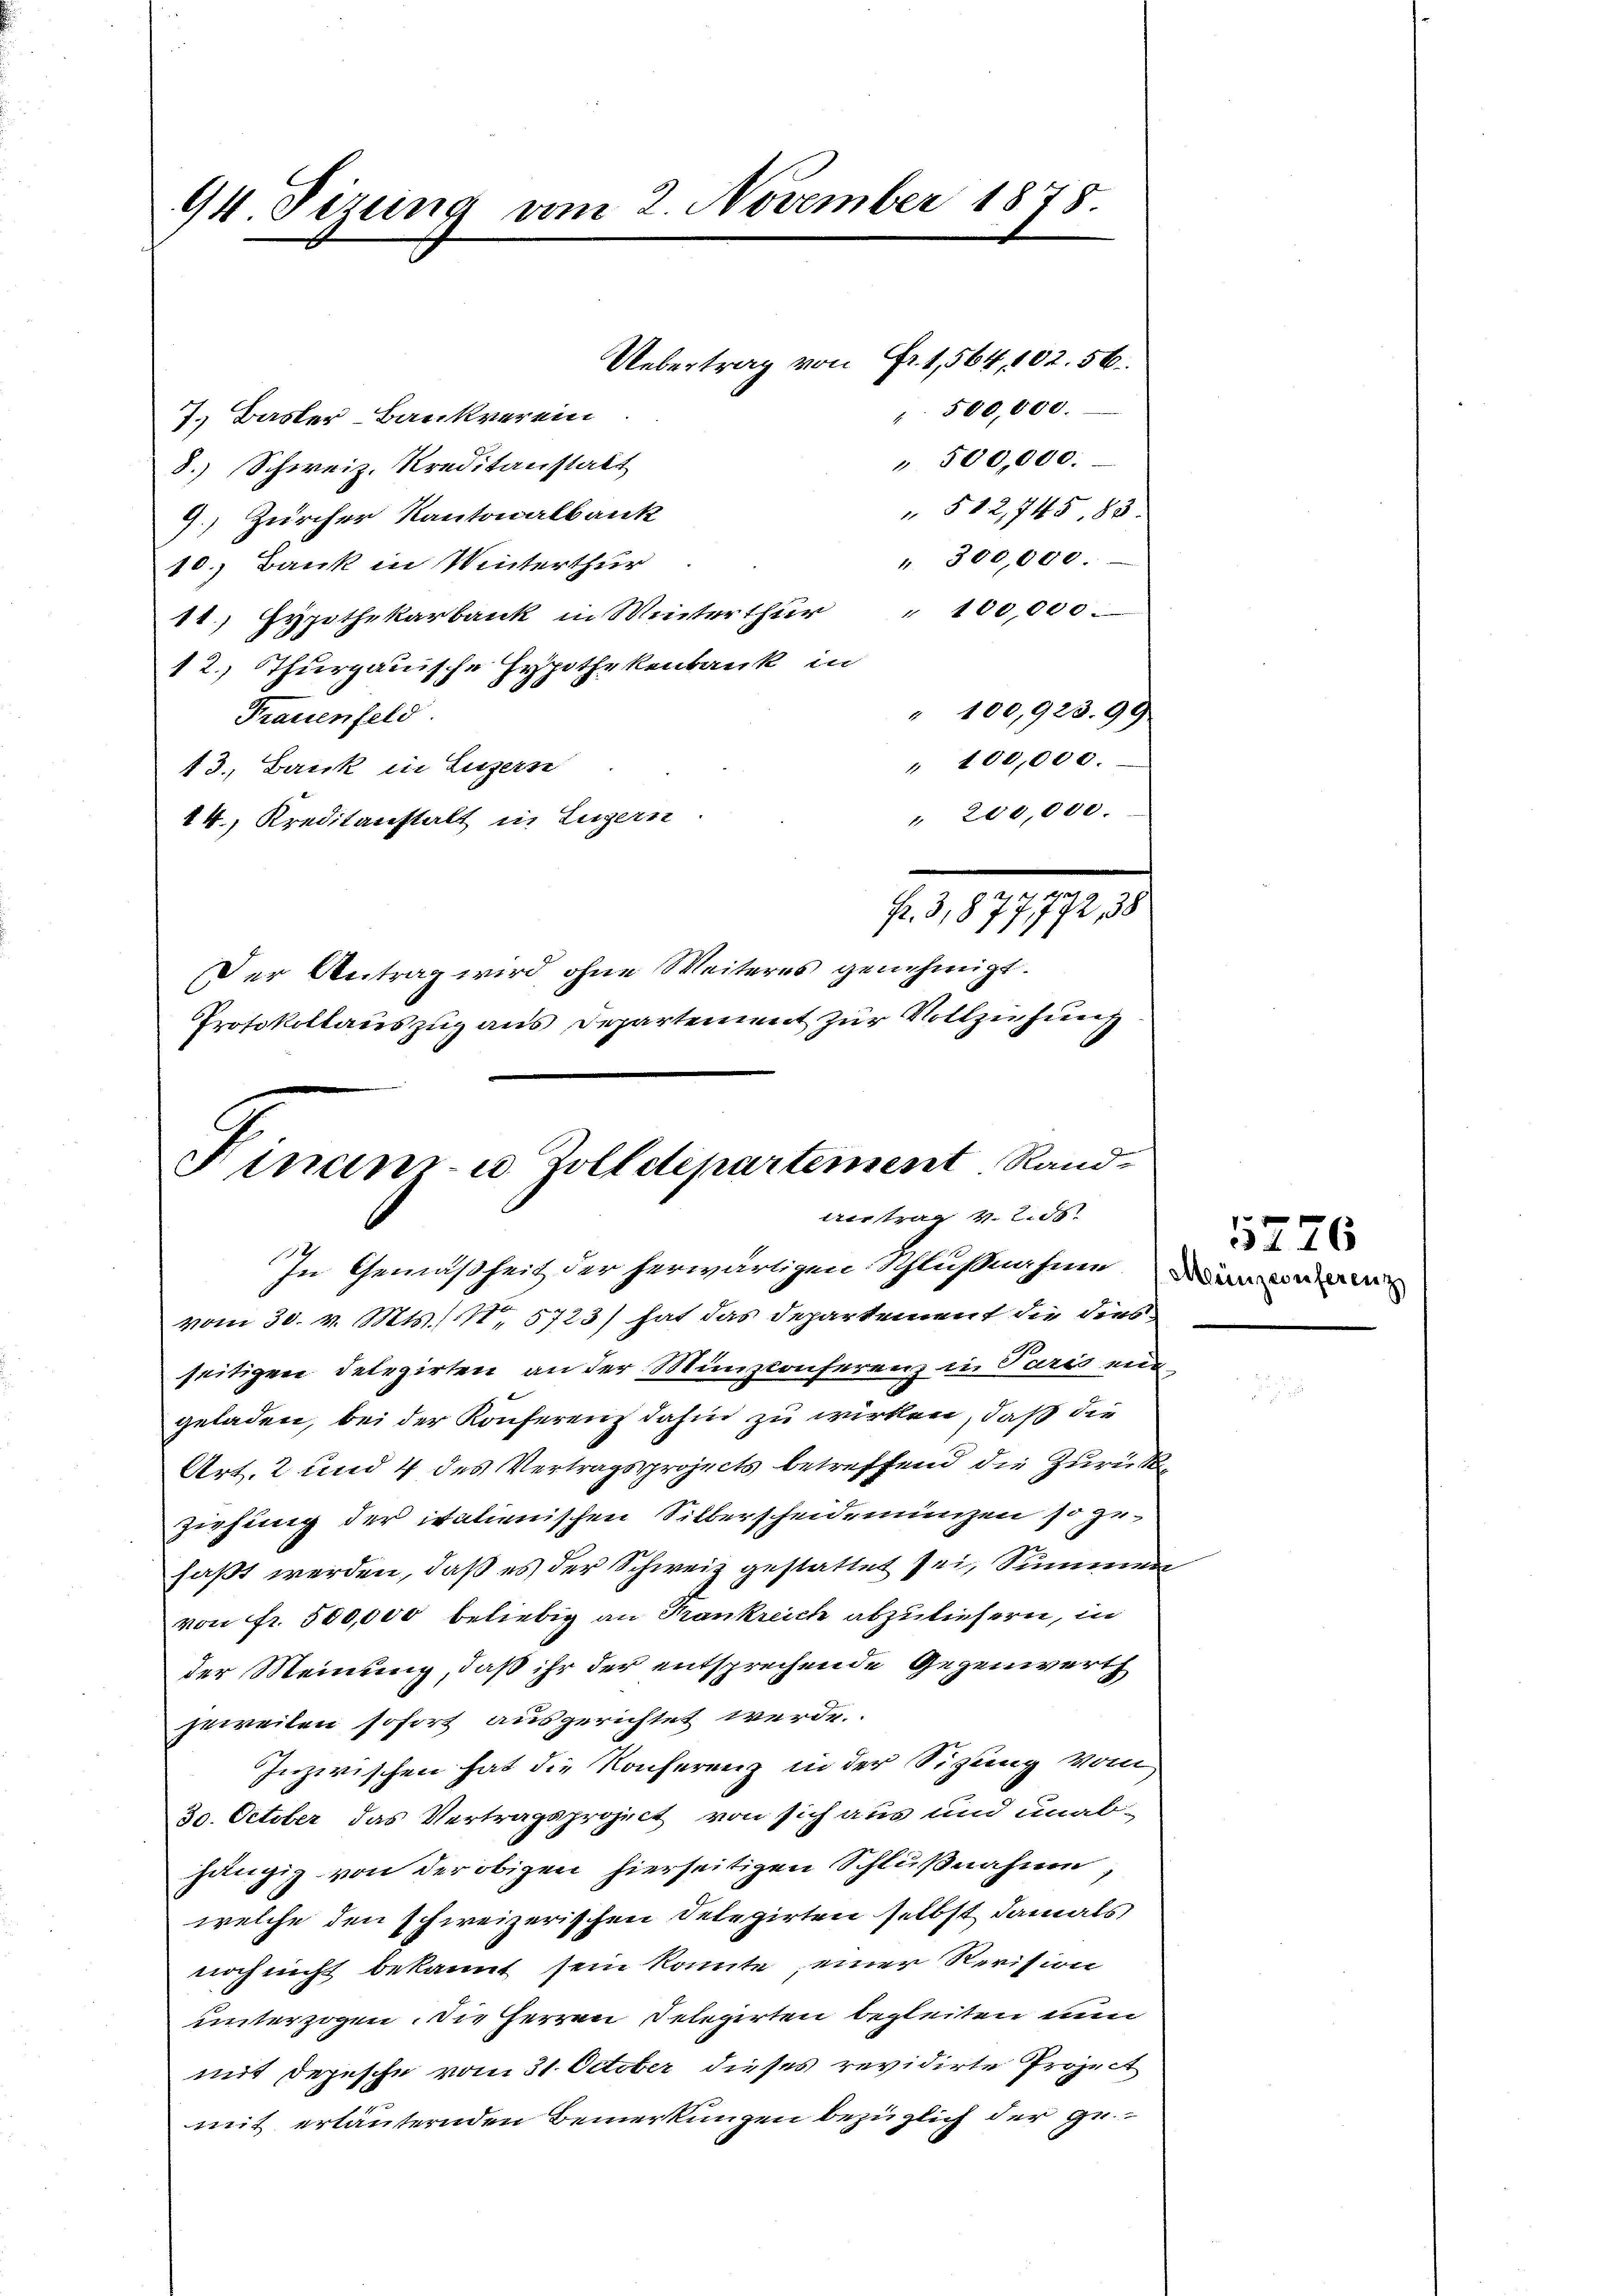
94. Sizung vom 2. November 1878.

7. Basler-Bankverein
" 500,000.
8.) Schweiz. Kreditanstalt
" 512,745, 83.
7) Zürcher Kantonalbank
" 300,000.
10.) Bank in Winterthur
14.) Hypothekarbank in Winterthur " 100,000.
12., Thurgauische Hypothekenbank in
Frauenfeld.
" 100,000.
13., Berick in Luzern
" 200,000.
14.) Kreditanstalt in Lugern
Fr. 3,877,772, 38
Der Antrag wird ohne Weiteres genehmigt.
Protokollauszug aus Departement zur Vollziehung

Finanz- u. Zolldepartement Rand¬
Vertrag 12. ds.

Uebertrag von Fr. 1, 564, 102. 56.

" 500,000.

" 100,923.99

In Gemäßheit der herwärtigen Schlußnahme der eine
vom 30. v. Mts., N. 5723) hat das Departement die dies
seitigen Delegirten an der Münzconferenz in Paris ein
geladen, bei der Konferenz dahin zu wirken, daß die
Art. 2 und 4 des Vertragsprojects betreffend die Zurückziehung der italienischen Silberscheidemünzen so gefaßt werden, daß es der Schweiz gestattet sei, Summen
von Fr. 500,000 beliebig an Frankreich abzuliefern, in
der Meinung, daß ihr der entsprechende Gegenwerth
jeweilen sofort ausgerichtet werde.
Inzwischen hat die Konferenz in der Sitzung vom
30. October das Vertragsproject von sich aus und unab-
hängig von der obigen hierseitigen Schlußnahme,
welche den schweizerischen Delegirten selbst, damals
noch nicht bekannt sein könnte, einer Revision
unterzogen. Die Herren Delegirten begleiten nun
mit Depesche vom 31. October dieses revidirte Project
mit erläuternden Bemerkungen bezüglich der ge¬

1276